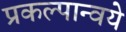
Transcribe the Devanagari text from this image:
प्रकल्पान्वये